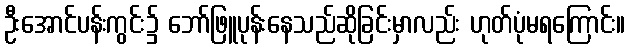
ဦးအောင်ပန်းကွင်း၌ ဘော်ဖြူပုန်းနေသည်ဆိုခြင်းမှာလည်း ဟုတ်ပုံမရကြောင်း။